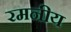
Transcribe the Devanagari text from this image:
रमनीय